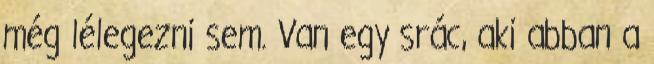
még lélegezni sem. Van egy srác, aki abban a